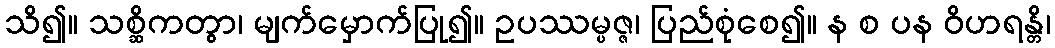
သိ၍။ သစ္ဆိကတွာ၊ မျက်မှောက်ပြု၍။ ဥပဿမ္ပဇ္ဇ၊ ပြည်စုံစေ၍။ န စ ပန ဝိဟရန္တိ၊